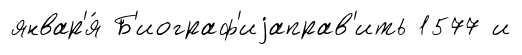
январ'я́ Б'иограф'иjаправ'ить 1577 и